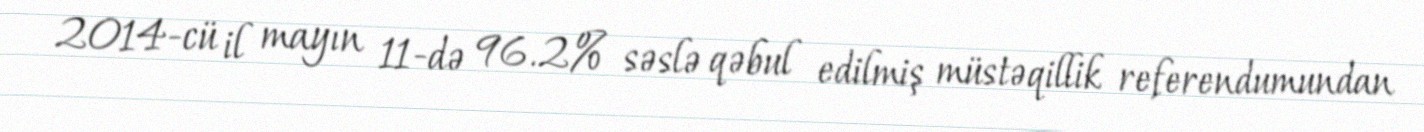
2014-cü il mayın 11-də 96.2% səslə qəbul edilmiş müstəqillik referendumundan